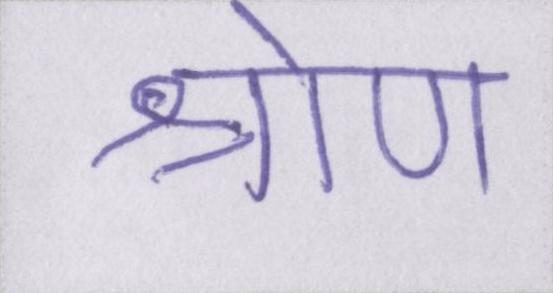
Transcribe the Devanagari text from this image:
श्रोण